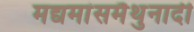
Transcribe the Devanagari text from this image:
मद्यमांसमैथुनादी